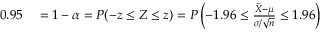
\begin{array} { r l } { 0 . 9 5 } & { { } = 1 - \alpha = P ( - z \leq Z \leq z ) = P \left( - 1 . 9 6 \leq { \frac { { \bar { X } } - \mu } { \sigma / { \sqrt { n } } } } \leq 1 . 9 6 \right) } \end{array}